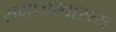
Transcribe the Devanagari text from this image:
समाजस्वा्स्थ्य